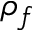
\rho _ { f }